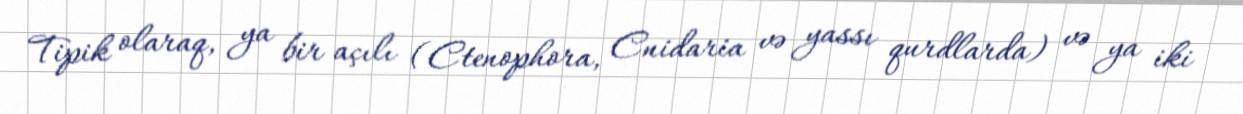
Tipik olaraq, ya bir açılı (Ctenophora, Cnidaria və yassı qurdlarda) və ya iki